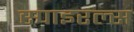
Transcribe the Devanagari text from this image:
स्पाइरल्स